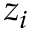
z _ { i }